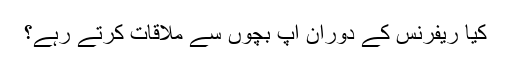
کیا ریفرنس کے دوران آپ بچوں سے ملاقات کرتے رہے؟